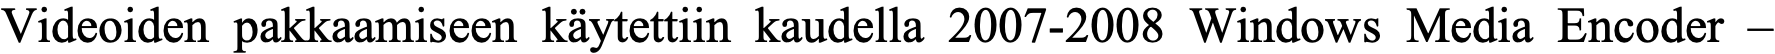
Videoiden pakkaamiseen käytettiin kaudella 2007-2008 Windows Media Encoder –